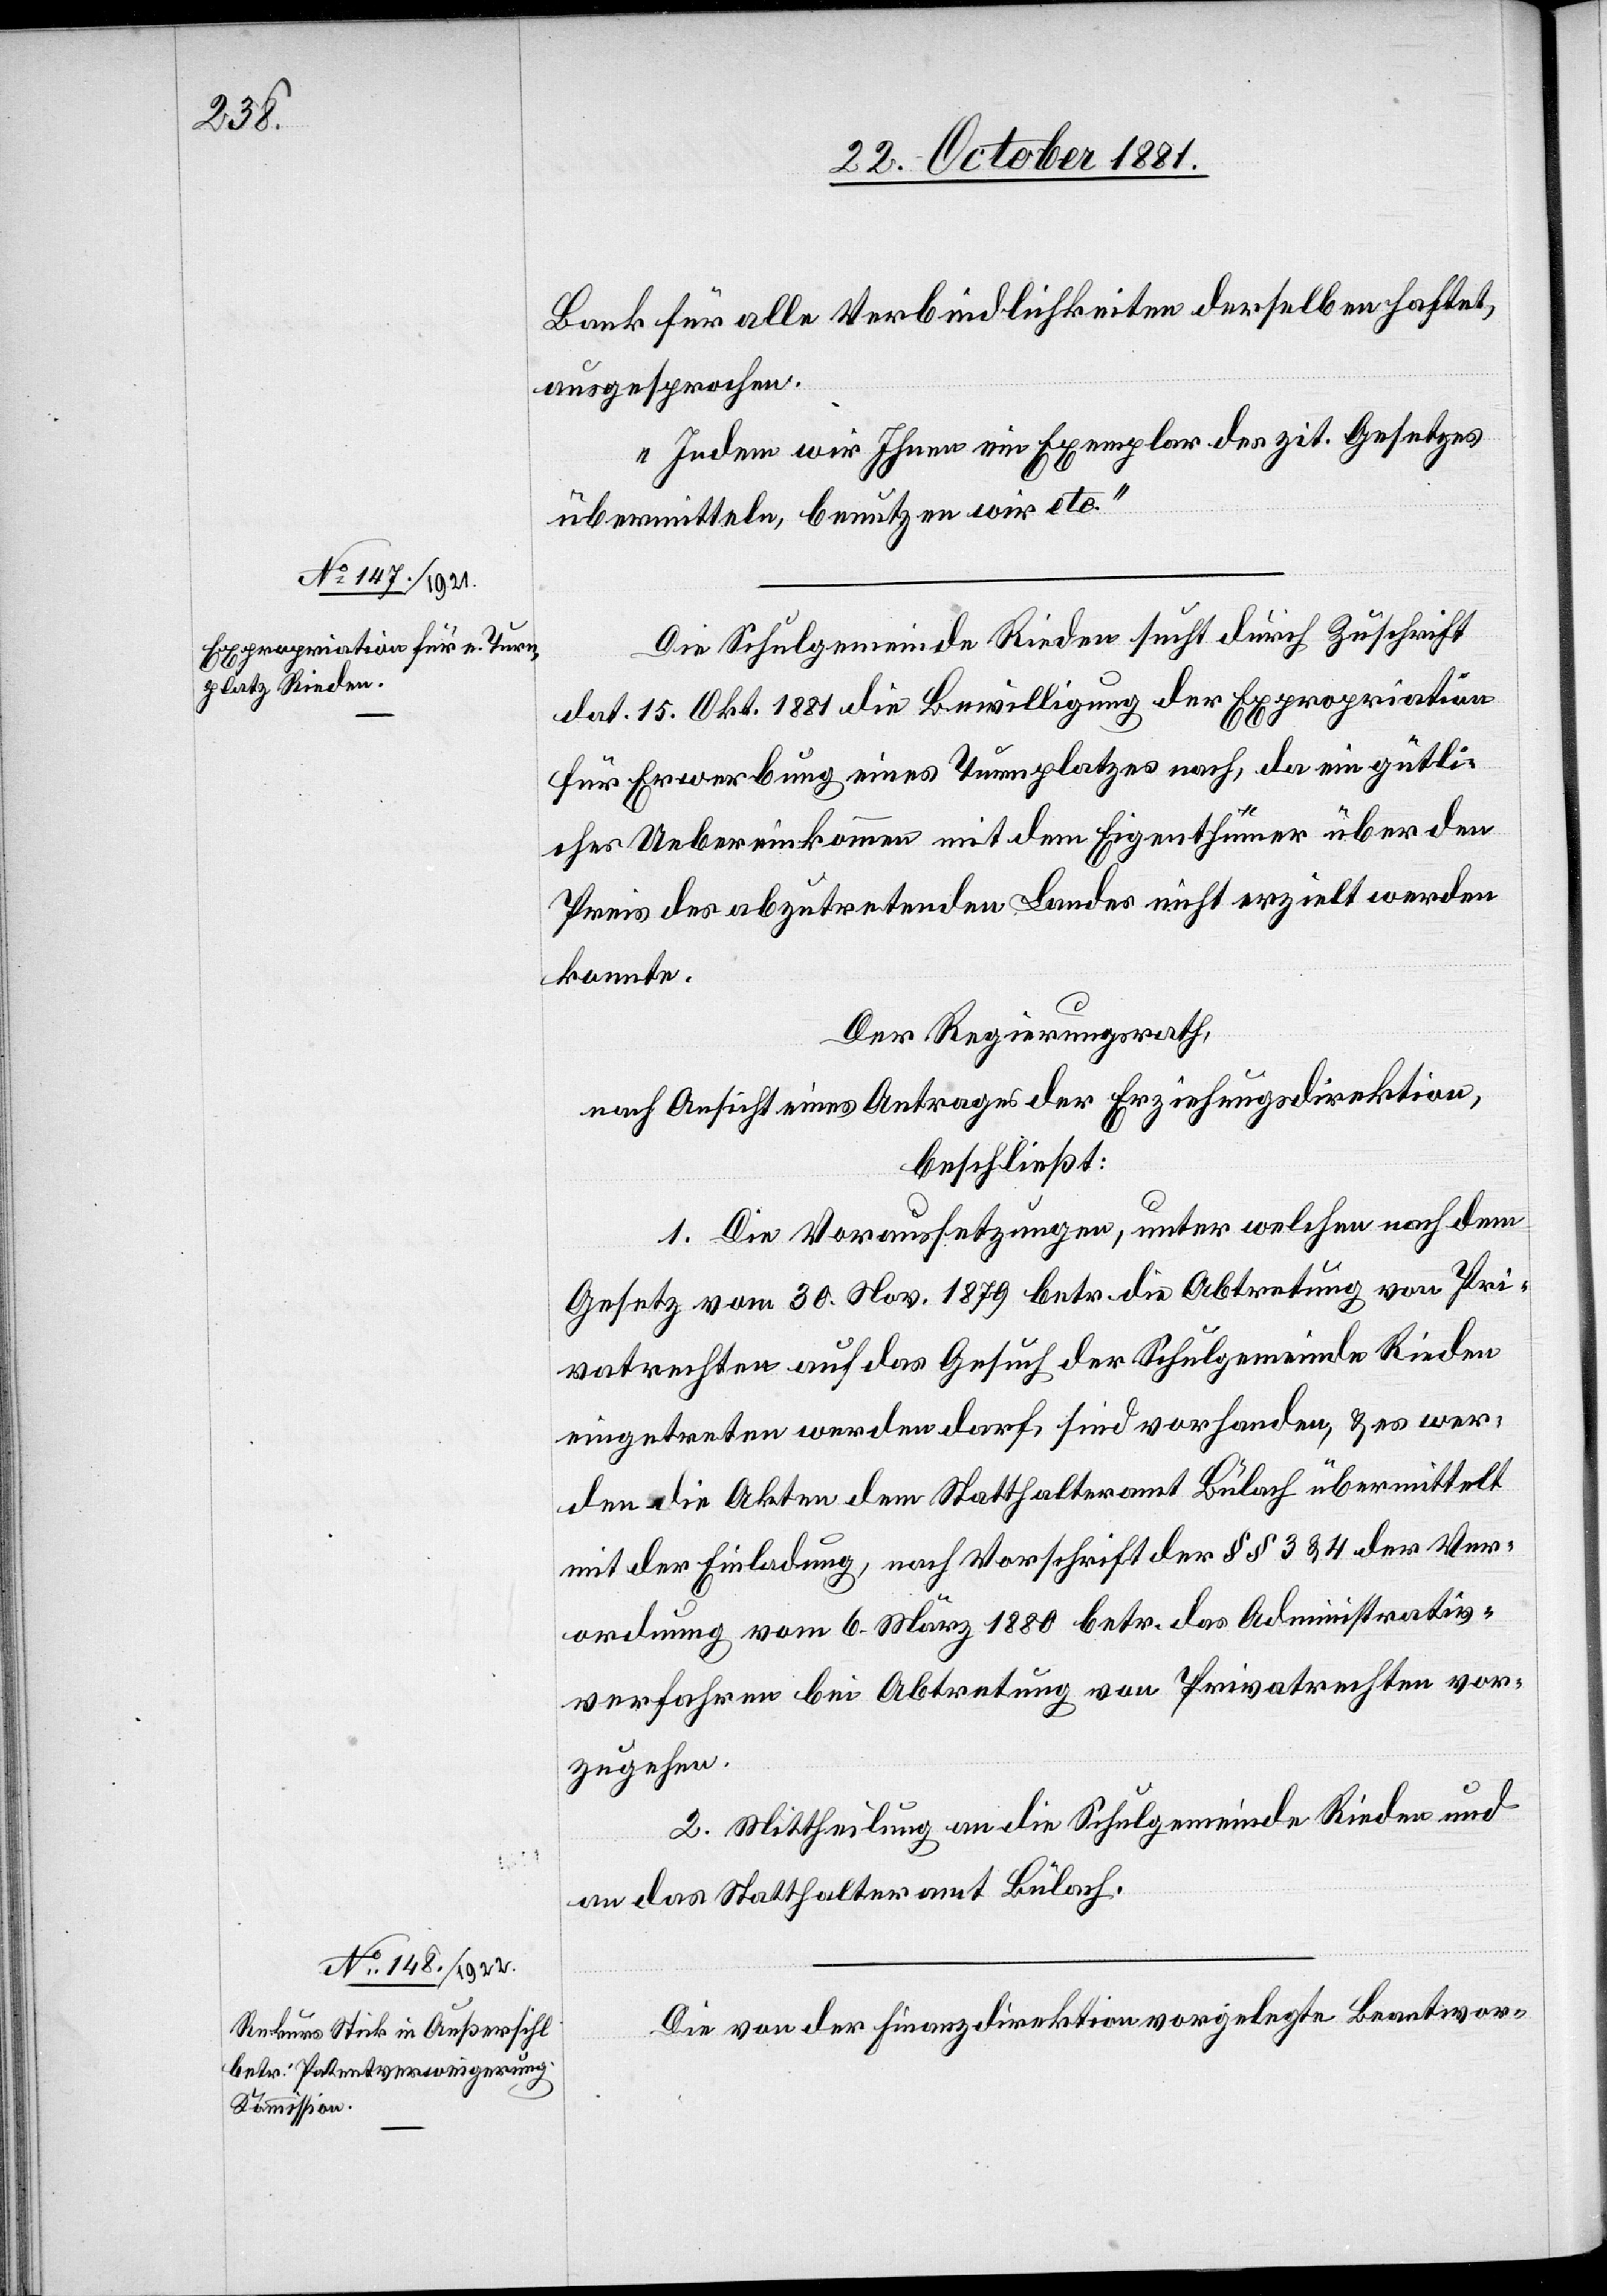
Bank für alle Verbindlichkeiten derselben haftet,
ausgesprochen.
Indem wir Ihnen ein Exemplar des zit. Gesetzes
übermitteln, benutzen wir etc.“
Die Schulgemeinde Rieden sucht durch Zuschrift
dat. 15. Okt. 1881 die Bewilligung der Expropriation
für Erwerbung eines Turnplatzes nach, da ein gütli¬
ches Uebereinkommen mit dem Eigenthümer über den
Preis des abzutretenden Landes nicht erzielt werden
konnte.
Der Regierungsrath,
nach Einsicht eines Antrages der Erziehungsdirektion,
beschließt:
1. Die Voraussetzungen, unter welchen nach dem
Gesetz vom 30. Nov. 1879 betr. die Abtretung von Pri¬
vatrechten auf das Gesuch der Schulgemeinde Rieden
eingetreten werden darf, sind vorhanden, & es wer¬
den die Akten dem Statthalteramt Bülach übermittelt
mit der Einladung, nach Vorschrift der §§ 3 & 4 der Ver¬
ordnung vom 6. März 1880 betr. das Administrativ¬
verfahren bei Abtretung von Privatrechten vor¬
zugehen.
2. Mittheilung an die Schulgemeinde Rieden und
an das Statthalteramt Bülach.
Die von der Finanzdirektion vorgelegte Beantwor-